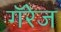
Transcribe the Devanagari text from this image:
गॅरेज